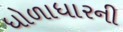
ધોળાધારની